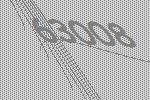
63008